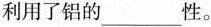
利用了铝的___性。